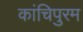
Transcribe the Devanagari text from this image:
कांचिपुरम